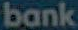
bank